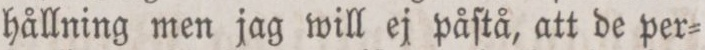
hållning men jag will ej påſtå, att de per=